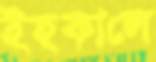
ইহকালে